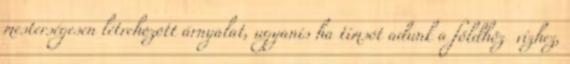
mesterségesen létrehozott árnyalat, ugyanis ha timsót adunk a földhöz vízhez,